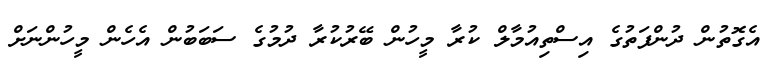
އެގޮތުން ދުންފަތުގެ އިސްތިއުމާލް ކުރާ މީހުން ބޭރުކުރާ ދުމުގެ ސަބަބުން އެހެން މީހުންނަށް